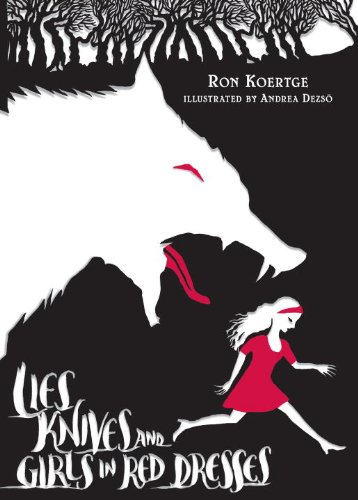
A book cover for Lies, Knives, and Girls in Red Dresses; Ron Koertge; Teen & Young Adult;